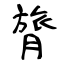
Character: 膂